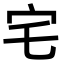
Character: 宅